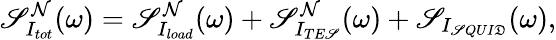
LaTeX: \mathscr{S}_{I_{tot}}^{\mathcal{N}}(\omega)=\mathscr{S}_{I_{load}}^{\mathcal{N}}(\omega)+\mathscr{S}_{I_{TE\mathscr{S}}}^{\mathcal{N}}(\omega)+\mathscr{S}_{I_{\mathscr{S}QUI\mathfrak{D}}}(\omega),